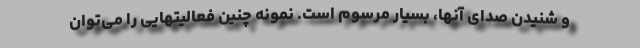
و شنیدن صدای آنها، بسیار مرسوم است. نمونه چنین فعالیتهایی را می‌توان